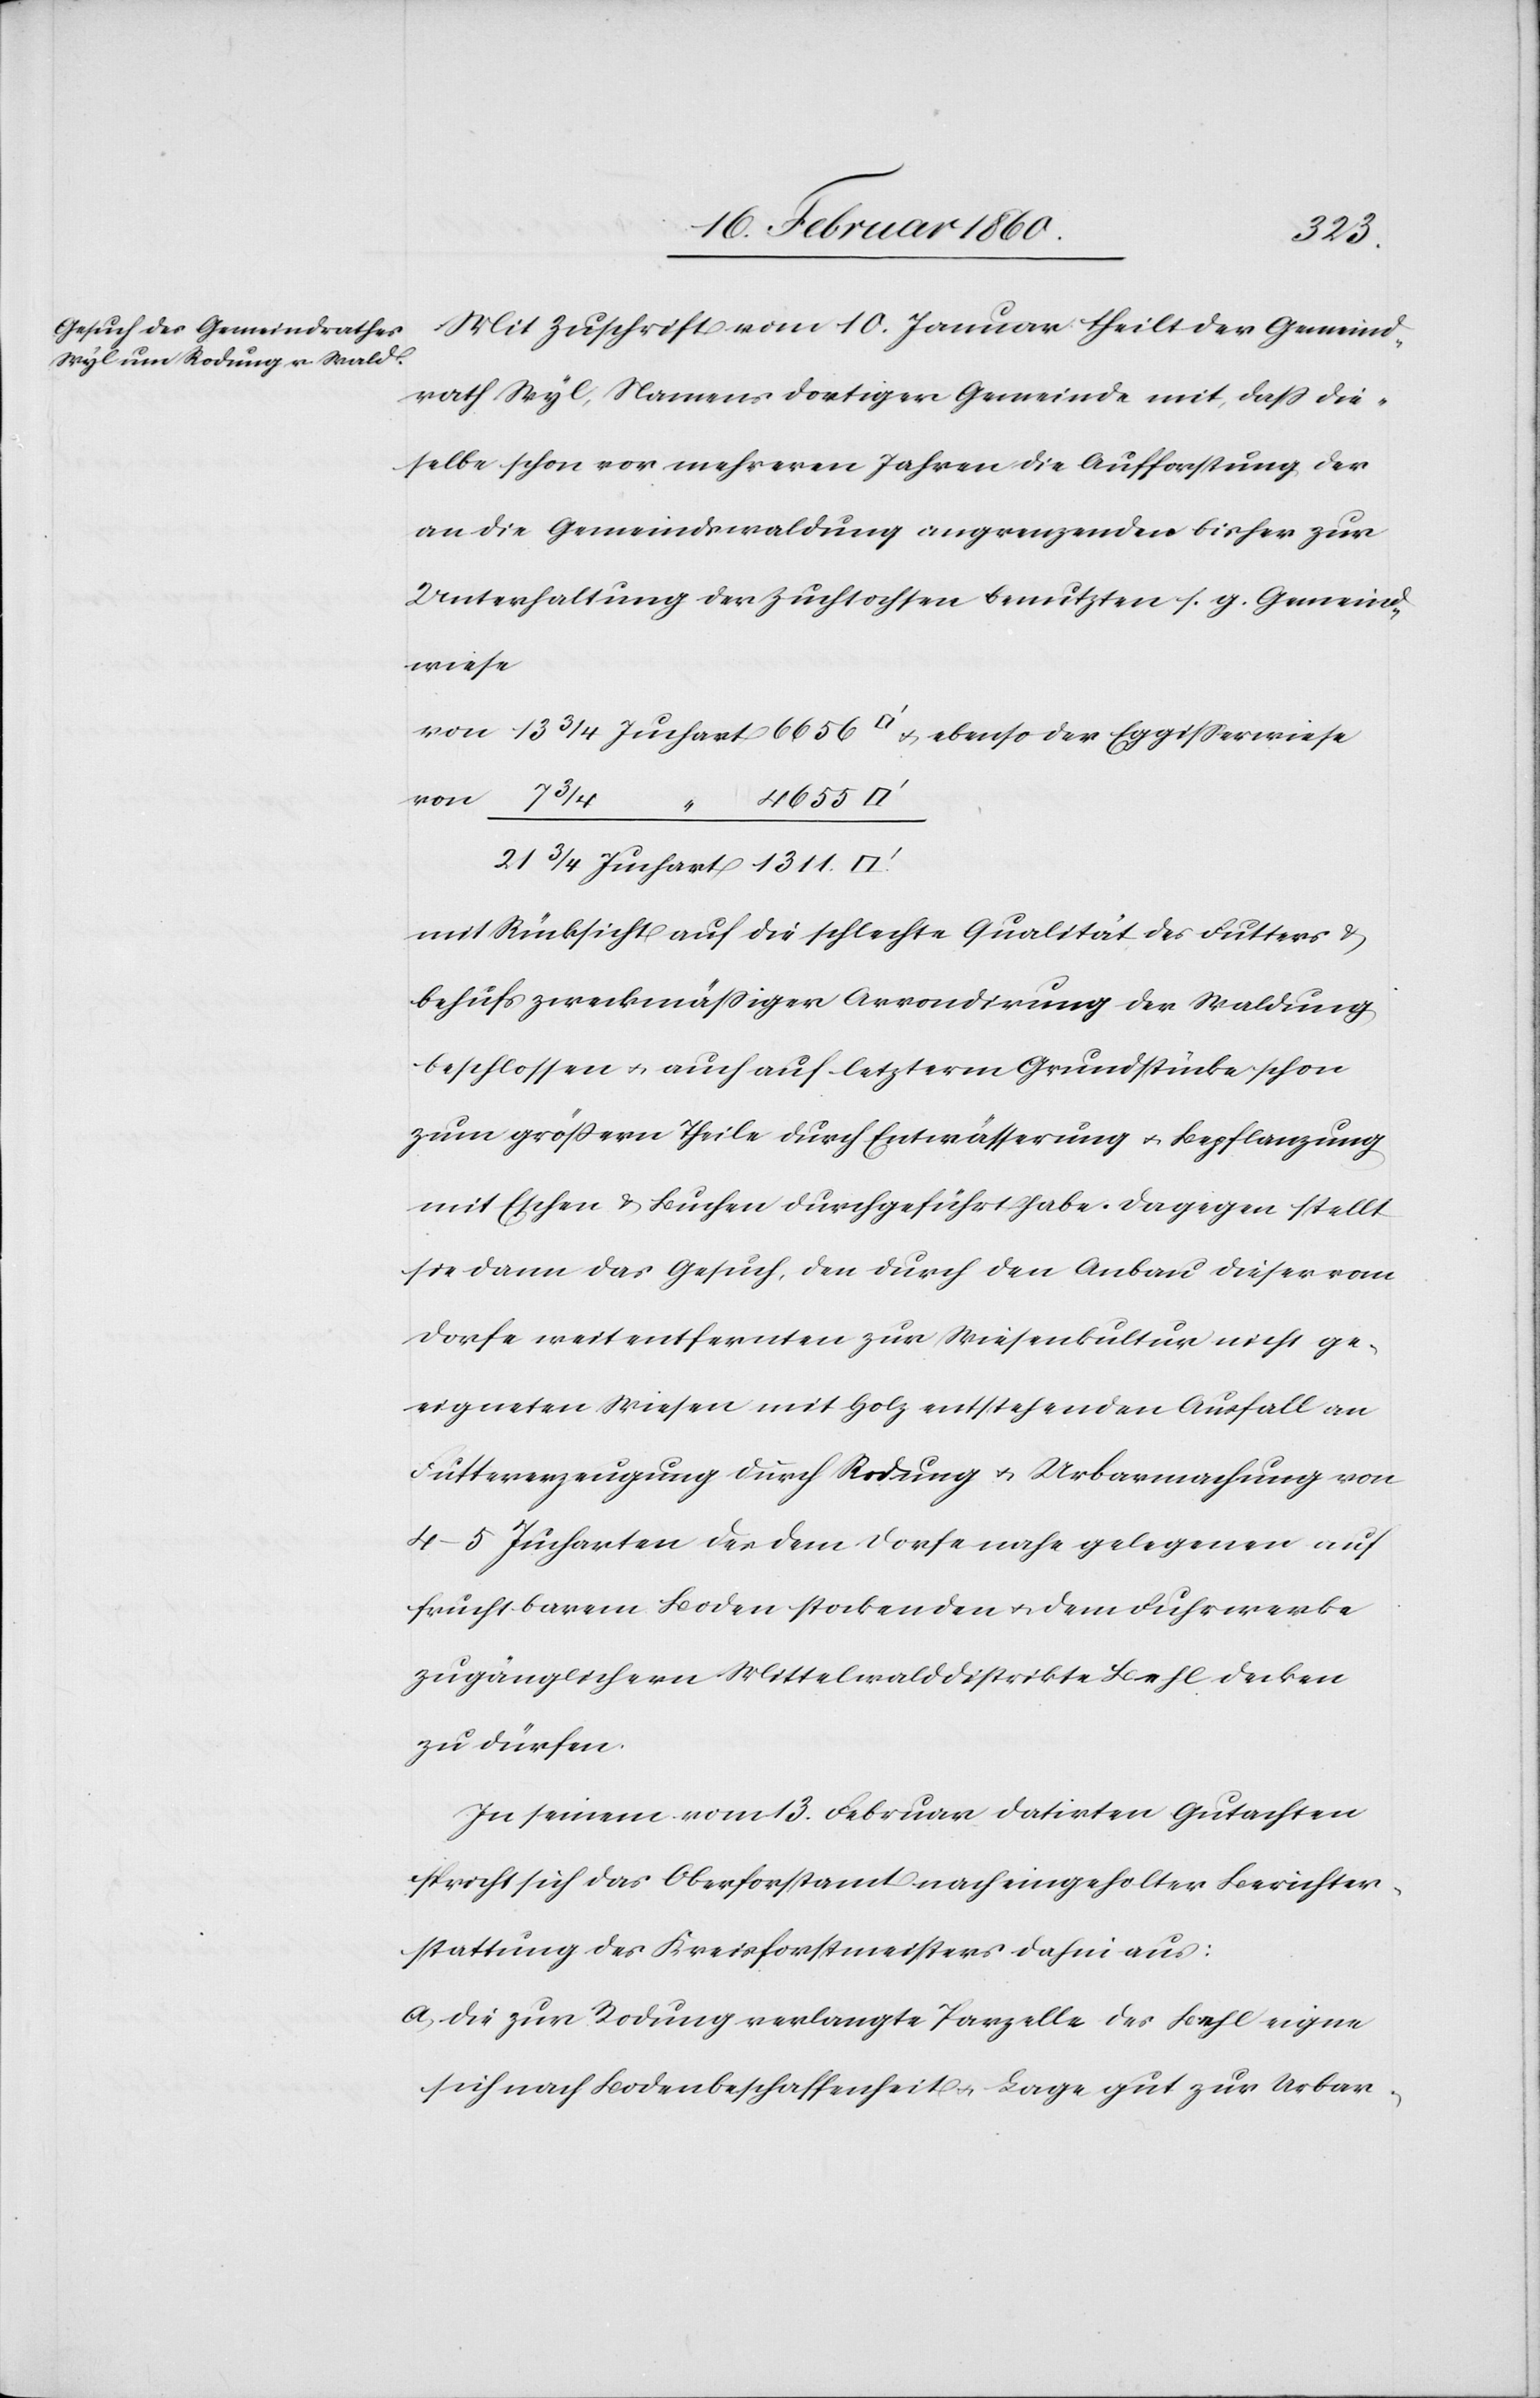
Mit Zuschrift vom 10. Januar theilt der Gemeind¬
rath Wyl, Namens dortiger Gemeinde mit, dass die¬
selbe schon vor mehreren Jahren die Aufforstung der
an die Gemeindswaldung angrenzenden bisher zur
Unterhaltung der Zuchtochsen benutzten s. g. Gemeind¬
wiese
von 13 3/4 Juchart 6656 [Quadratfuß] u. ebenso der Eggisserwiese
von 7 3/4 “
21 3/4 Juchart 1311
mit Rücksicht auf die schlechte Qualität des Futters u.
behufs zweckmässiger Arrondirung der Waldung
beschlossen u. auch auf letzterm Grundstücke schon
zum grössern Theile durch Entwässerung u. Bepflanzung
mit Eichen u. Buchen durchgeführt habe. Dagegen stellt
sie dann das Gesuch, den durch den Anbau dieser vom
Dorfe weitentfernten zur Wiesenkultur nicht ge¬
eigneten Wiesen mit Holz entstehenden Ausfall an
Futtererzeugung durch Rodung u. Urbarmachung von
4–5 Jucharten der dem Dorfe nahe gelegenen auf
fruchtbarem Boden stockenden u. dem Fuhrwerke
zugänglichen Mittelwalddistrikte Behl decken
zu dürfen.
In seinem vom 13. Februar datirten Gutachten
spricht sich das Oberforstamt nach eingeholter Berichter¬
stattung des Kreisforstmeisters dahin aus:
a. die zur Rodung verlangte Parzelle des Behl eigne
sich nach Bodenbeschaffenheit u. Lage gut zur Urbar-